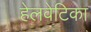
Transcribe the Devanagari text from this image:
हेलवेटिका